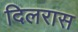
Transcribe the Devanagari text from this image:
दिलरास